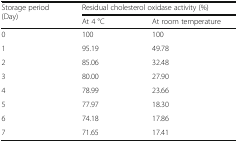
| <ROWSPAN=2> Storage period (Day) | <COLSPAN=2> Residual cholesterol oxidase activity (%) |
 | At 4 °C | At room temperature |
 | --- | --- | --- |
 | 0 | 100 | 100 |
 | 1 | 95.19 | 49.78 |
 | 2 | 85.06 | 32.48 |
 | 3 | 80.00 | 27.90 |
 | 4 | 78.99 | 23.66 |
 | 5 | 77.97 | 18.30 |
 | 6 | 74.18 | 17.86 |
 | 7 | 71.65 | 17.41 |